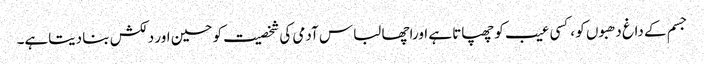
جسم کے داغ دھبوں کو ،کسی عیب کو چھپاتا ہے اوراچھا لباس آدمی کی شخصیت کو حسین اور دلکش بنا دیتاہے۔